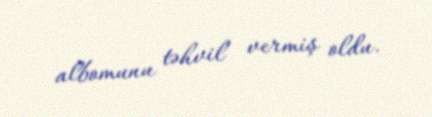
albomunu təhvil vermiş oldu.